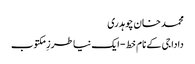
محمد خان چوہدری
دادا جی کے نام خط- ایک نیا طرزِ مکتوب